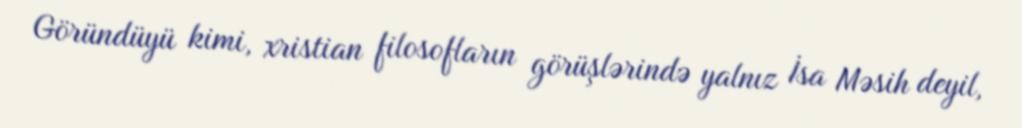
Göründüyü kimi, xristian filosofların görüşlərində yalnız İsa Məsih deyil,